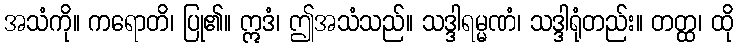
အသံကို။ ကရောတိ၊ ပြု၏။ ဣဒံ၊ ဤအသံသည်။ သဒ္ဒါရမ္မဏံ၊ သဒ္ဒါရုံတည်း။ တတ္ထ၊ ထို